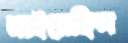
নাইয়েছিল